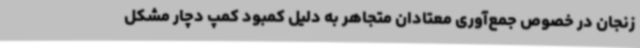
زنجان در خصوص جمع‌آوری معتادان متجاهر به دلیل کمبود کمپ دچار مشکل